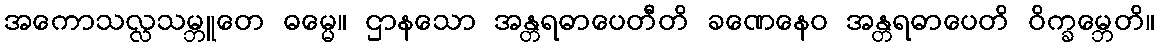
အကောသလ္လသမ္ဘူတေ ဓမ္မေ။ ဌာနသော အန္တရဓာပေတီတိ ခဏေနေဝ အန္တရဓာပေတိ ဝိက္ခမ္ဘေတိ။